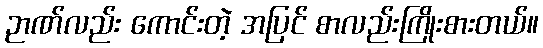
ဉာဏ်လည်း ကောင်းတဲ့ အပြင် စာလည်းကြိုးစားတယ်။